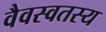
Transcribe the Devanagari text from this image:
वैवस्वतस्य